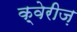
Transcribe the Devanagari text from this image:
क़्वेरीज़